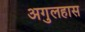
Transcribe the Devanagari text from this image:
अगुलहास